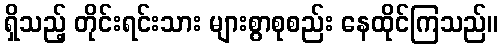
ရှိသည့် တိုင်းရင်းသား များစွာစုစည်း နေထိုင်ကြသည်။